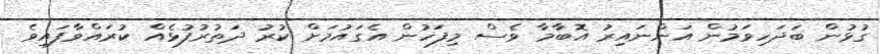
ގުޅުން ބަދަހިވަމުން އަންނައިރު އޮބާމާ ވެސް މިފަހުން އެގައުމަށް ކުރު ދަތުރުފުޅެއް ކުރައްވާފައިވެ